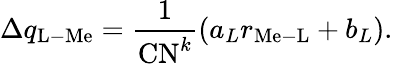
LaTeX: \Delta q_{\mathrm{L-Me}}=\frac{1}{\mathrm{CN}^{k}}(a_{L}r_{\mathrm{Me-L}}+b_{L}).